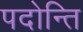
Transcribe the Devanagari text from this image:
पदोन्ति